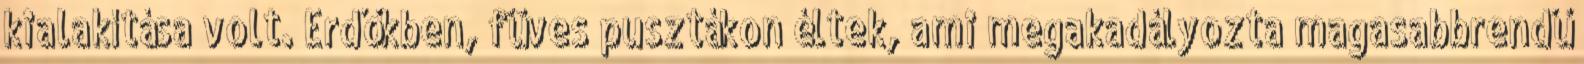
kialakítása volt. Erdőkben, füves pusztákon éltek, ami megakadályozta magasabbrendű